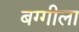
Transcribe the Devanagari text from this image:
बग्गीला